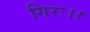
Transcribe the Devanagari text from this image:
गिरः।।